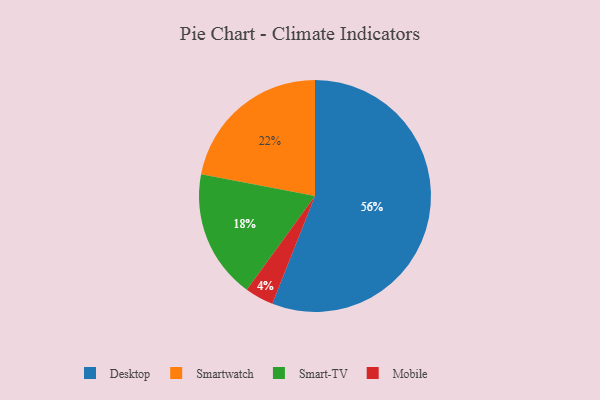
{"axis": {"x": "Category", "y": "Percentage"}, "legend": ["Desktop", "Mobile", "Smart-TV", "Smartwatch"], "data": [{"x": "Mobile", "y": 4, "type": "Mobile"}, {"x": "Smart-TV", "y": 18, "type": "Smart-TV"}, {"x": "Desktop", "y": 56, "type": "Desktop"}, {"x": "Smartwatch", "y": 22, "type": "Smartwatch"}]}